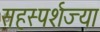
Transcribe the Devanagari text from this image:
सहस्पर्शज्या